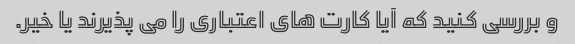
و بررسی کنید که آیا کارت های اعتباری را می پذیرند یا خیر.